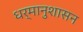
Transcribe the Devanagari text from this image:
धर्मानुशासन